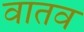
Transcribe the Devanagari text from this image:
वातव